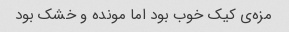
مزه‌ی کیک خوب بود اما مونده و خشک بود